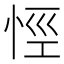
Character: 𢙼